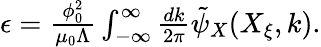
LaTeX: \begin{array}{r}{\epsilon=\frac{\phi_{0}^{2}}{\mu_{0}\Lambda}\int_{-\infty}^{\infty}\frac{dk}{2\pi}\tilde{\psi}_{X}(X_{\xi},k).}\end{array}